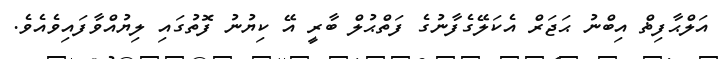
އަލްޙާފިޡް އިބްނު ޙަޖަރް އެކަލޭގެފާނުގެ ފަތްޙުލް ބާރީ އޭ ކިޔުނު ފޮތުގައި ލިޔުއްވާފައިވެއެވެ.